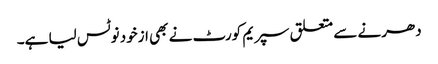
دھرنے سے متعلق سپریم کورٹ نے بھی ازخود نوٹس لیا ہے۔